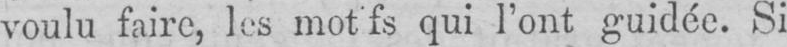
qui l’ont guidée. Si